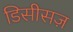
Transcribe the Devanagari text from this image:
डिसीसज़